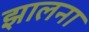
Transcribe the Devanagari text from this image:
झालना